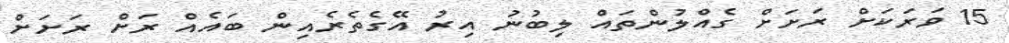
15 ވަރަކަށް ރަށަށް ގެއްލުންތައް ލިބުނު އިރު އޭގެތެރެއިން ބައެއް ރަށް ރަށަށް